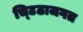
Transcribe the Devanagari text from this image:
चि्टठाजगत